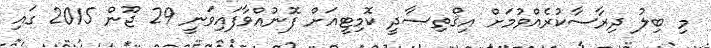
މި ބިލު ދިރާސާކުރެއްވުމަށް އިޤްތިޞާދީ ކޮމިޓީއަށް ފޮނުއްވާފައިވަނީ 29 ޖޫން 2015 ގައި